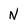
Character: N